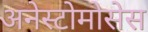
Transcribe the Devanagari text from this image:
अनेस्टोमोसेस